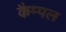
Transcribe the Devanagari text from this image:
कैम्पल